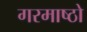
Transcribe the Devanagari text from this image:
गरमाष्ठो